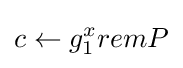
c\leftarrow g_{1}^{x}remP